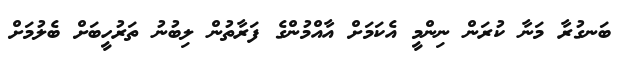
ބަނގުރާ މަނާ ކުރަން ނިންމީ އެކަމަށް އާއްމުންގެ ފަރާތުން ލިބުނު ތަރުހީބަށް ބެލުމަށް